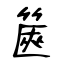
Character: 篋